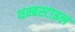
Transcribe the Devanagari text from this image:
थम्बस्टाइल